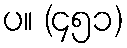
ပ။ (၄၅၁)